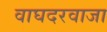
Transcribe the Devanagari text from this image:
वाघदरवाजा